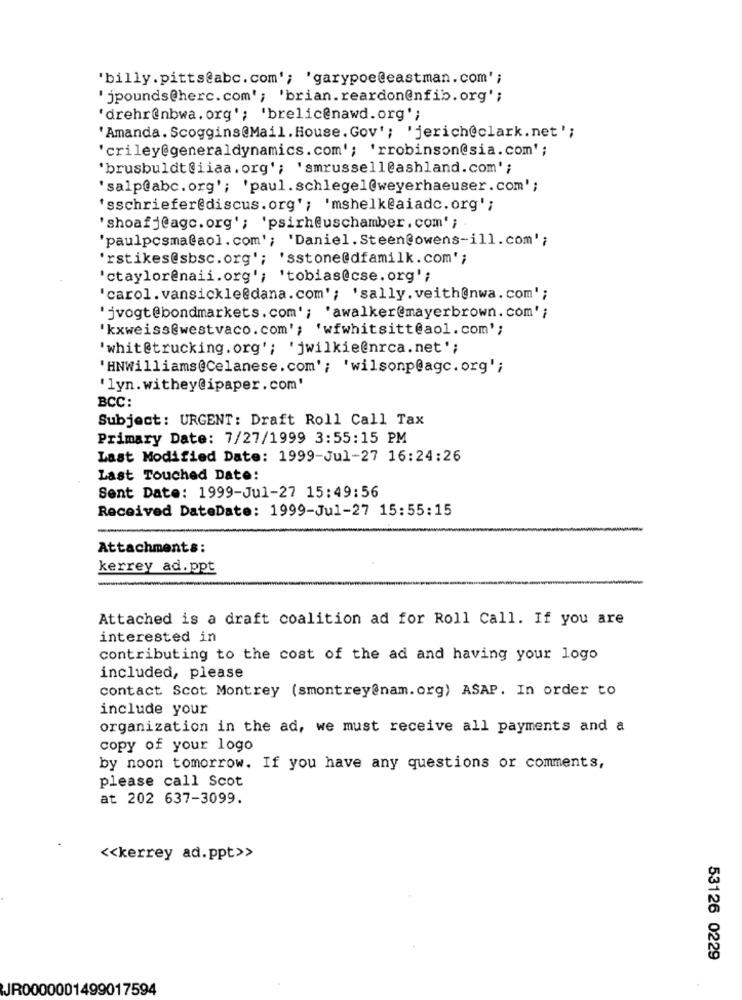
'billy.pitts@abc.com'; 'garypoe@eastman.com' ;
'jpounds@herc.com'; 'brian.reardon@nfib.org';
'drehr@nbwa. org'; 'brelic@nawd.org';
'Amanda. Scoggins@Mail. House. Gov'; 'jerich@clark.net';
'criley@generaldynamics.com'; 'rrobinson@sia.com';
'brusbuldt@iiaa. org'; 'smrussell@ashland.com' ;
'salp@abc. org'; 'paul. schlegel@weyerhaeuser.com';
'sschriefer@discus.org'; 'mshelk@aiadc.org';
'shoafj@agc. org'; 'psirh@uschamber. com' ;
'paulpcsma@aol.com'; 'Daniel.Steen@owens-ill.com';
'rstikes@sbsc.org'; 'sstone@dfamilk.com' ;
'ctaylor@naii.org'; 'tobias@cse. org';
'carol. vansickle@dana.com'; 'sally.veith@nwa.com';
'jvogt@bondmarkets.com'; 'awalker@mayerbrown. com';
'kxweiss@westvaco.com'; 'wfwhitsitt@aol.com';
'whit@trucking. org'; 'jwilkie@nrca.net';
'HNWilliams@Celanese.com'; 'wilsonp@agc. org';
'lyn. withey@ipaper. com'
BCC:
Subject: URGENT: Draft Roll Call Tax
Primary Date: 7/27/1999 3:55:15 PM
Last Modified Date: 1999-Jul-27 16:24:26
Last Touched Date:
Sent Date: 1999-Jul-27 15:49:56
Received DateDate: 1999-Jul-27 15:55:15
Attachments:
kerrey ad.ppt
Attached is a draft coalition ad for Roll Call. If you are
interested in
contributing to the cost of the ad and having your logo
included, please
contact Scot Montrey (smontrey@nam.org) ASAP. In order to
include your
organization in the ad, we must receive all payments and a
copy of your logo
by noon tomorrow. If you have any questions or comments,
please call Scot
at 202 637-3099.
<< kerrey ad.ppt>>
53126 0229
JR0000001499017594